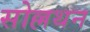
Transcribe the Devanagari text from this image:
सोल्लथन